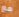
مع